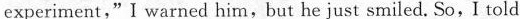
experiment,"I warned him,but he just smiled. So, I told